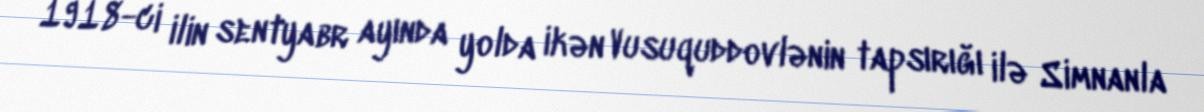
1918-ci ilin sentyabr ayında yolda ikən Vusuquddovlənin tapsırığı ilə Simnanla